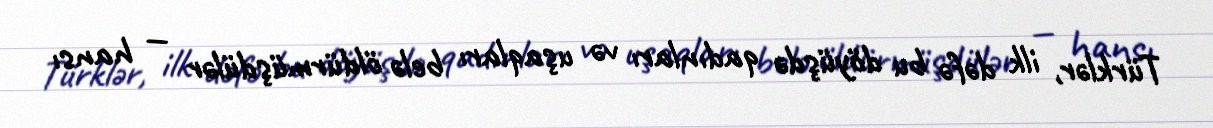
Türklər, ilk dəfə bu döyüşdə qadınları və uşaqları belə öldürmüşdülər — hansı